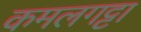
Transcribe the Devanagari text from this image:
कमलगट्टा